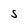
Character: S